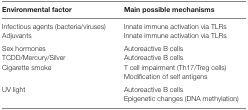
| Environmental factor | Main possible mechanisms |
 | --- | --- |
 | Infectious agents (bacteria/viruses) | Innate immune activation via TLRs |
 | Adjuvants | Innate immune activation via TLRs |
 | Sex hormones | Autoreactive B cells |
 | TCDD/Mercury/Silver | Autoreactive B cells |
 | Cigarette smoke | T cell impairment (Th17/Treg cells) |
 |  | Modification of self antigens |
 | <ROWSPAN=2> UV light | Autoreactive B cells |
 | Epigenetic changes (DNA methylation) |